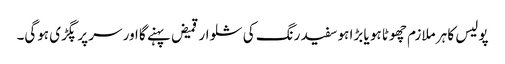
پولیس کا ہر ملازم چھوٹا ہو یا بڑا ہو سفید رنگ کی شلوار قمیض پہنے گا اور سر پر پگڑی ہوگی۔